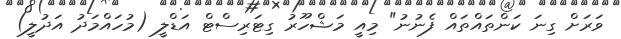
ވަރަށް ގިނަ ކަންތައްތައް ފެނުނު" މިއީ މަޝްހޫރު ގިޓަރިސްޓް އަޑްލީ (މުހައްމަދު އަދުލީ)